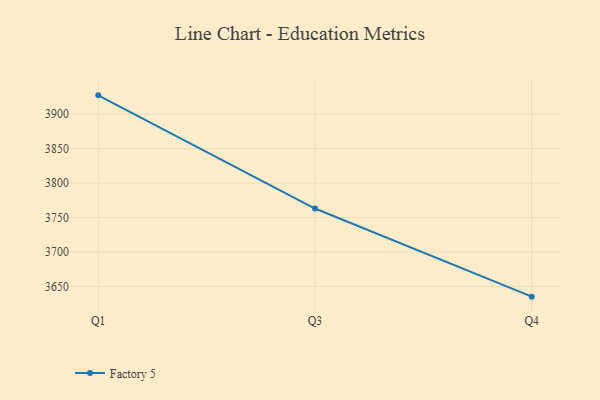
{"axis": {"x": "Quarter", "y": "Satisfaction Score"}, "legend": ["Factory 5"], "data": [{"x": "Q1", "y": 3927.3, "type": "Factory 5"}, {"x": "Q3", "y": 3763.1, "type": "Factory 5"}, {"x": "Q4", "y": 3635.3, "type": "Factory 5"}]}